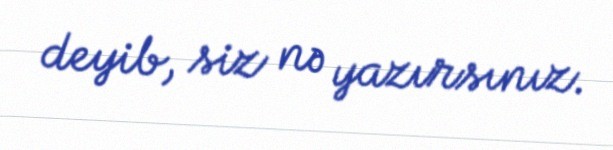
deyib, siz nə yazırsınız.